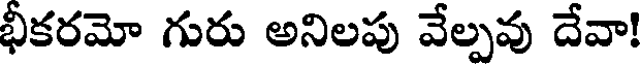
భీకరమో గురు అనిలపు వేల్పవు దేవా!